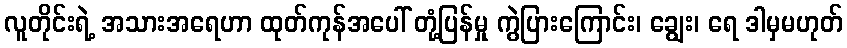
လူတိုင်းရဲ့ အသားအရေဟာ ထုတ်ကုန်အပေါ် တုံ့ပြန်မှု ကွဲပြားကြောင်း၊ ချွေး၊ ရေ ဒါမှမဟုတ်